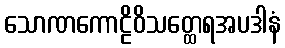
သောဏကောဠိဝိသတ္ထေရအပဒါနံ